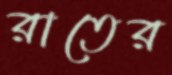
রাতের